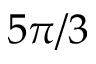
5 \pi / 3